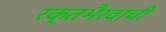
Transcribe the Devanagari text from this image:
रक्तभैरवाची